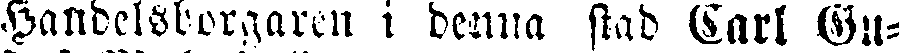
Handelsborgaren i denna stad Carl Gu-